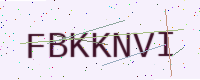
Text: FBKKNVI